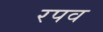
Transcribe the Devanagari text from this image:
रपव